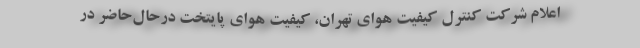
اعلام شرکت کنترل کیفیت هوای تهران، کیفیت هوای پایتخت درحال‌حاضر در